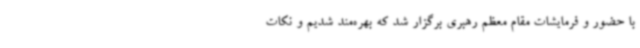
با حضور و فرمایشات مقام معظم رهبری برگزار شد که بهره‌مند شدیم و نکات